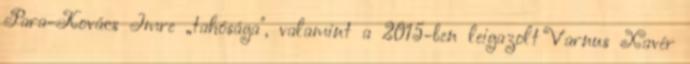
Para-Kovács Imre „tahósága", valamint a 2015-ben leigazolt Varnus Xavér